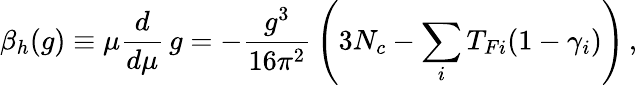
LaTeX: {\beta_{h}}(g)\equiv\mu{\frac{d}{d\mu}}\, g=-{\frac{g^{3}}{16\pi^{2}}}\left(3N_{c}-\sum_{i}T_{Fi}(1-\gamma_{i})\right)\, ,